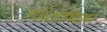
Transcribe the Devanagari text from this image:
पर्यवेक्षकपदावर